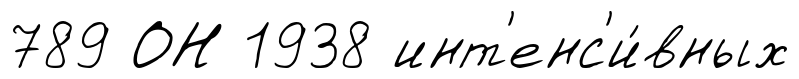
789 ОН 1938 инт'енс'и́вных